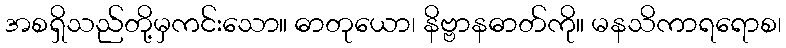
အစရှိသည်တို့မှကင်းသော။ ဓာတုယော၊ နိဗ္ဗာနဓာတ်ကို။ မနသိကာရရောစ၊